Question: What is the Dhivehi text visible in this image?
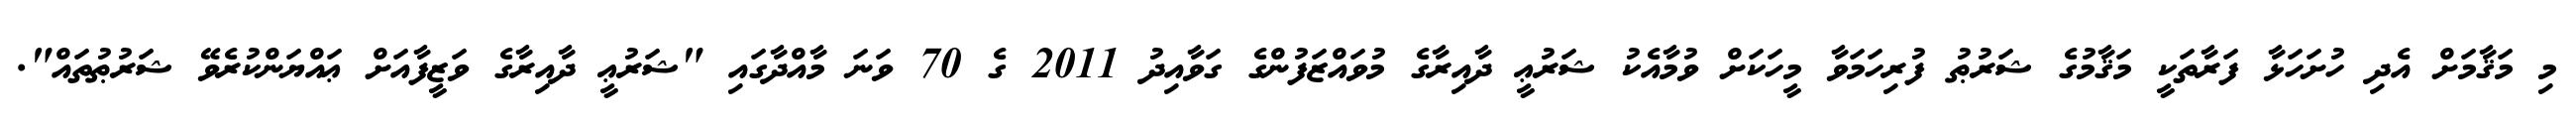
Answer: މި މަޤާމަށް އެދި ހުށަހަޅާ ފަރާތަކީ މަޤާމުގެ ޝަރުޠު ފުރިހަމަވާ މީހަކަށް ވުމާއެކު ޝަރުޢީ ދާއިރާގެ މުވައްޒަފުންގެ ގަވާއިދު 2011 ގެ 70 ވަނަ މާއްދާގައި "ޝަރުޢީ ދާއިރާގެ ވަޒީފާއަށް ޢައްޔަންކުރެވޭ ޝަރުޠުތައް".